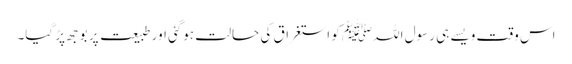
اس وقت ویسے ہی رسول اللہﷺ کو استغراق کی حالت ہوگئی اور طبیعت پر بوجھ پڑ گیا۔